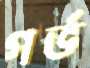
গর্ভ